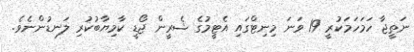
ނަތީޖާ ހަމަހަމަކުރީ 19 ވަނަ މިނިޓްގައި އެޓީމުގެ ޝެރީން ޖޯޑީ ކާމިޔާބުކުރި ލަނޑުންނެވެ.